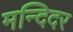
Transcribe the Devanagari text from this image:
मन्दिदर